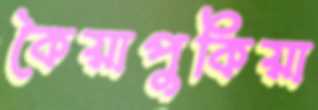
কৈয়াপুকিয়া